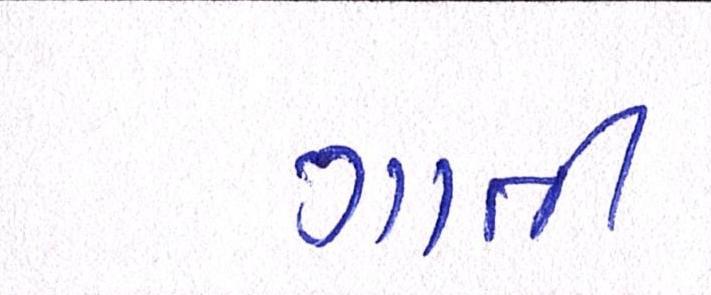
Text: ગાતી